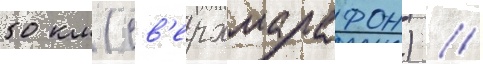
50 км (св'ерхмарафон) //